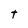
Character: t